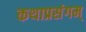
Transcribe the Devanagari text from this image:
कथाप्रसंगम्